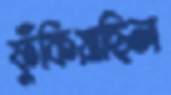
ফুঁকিয়াছিল